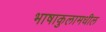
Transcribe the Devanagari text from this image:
भाषाकुलामधील